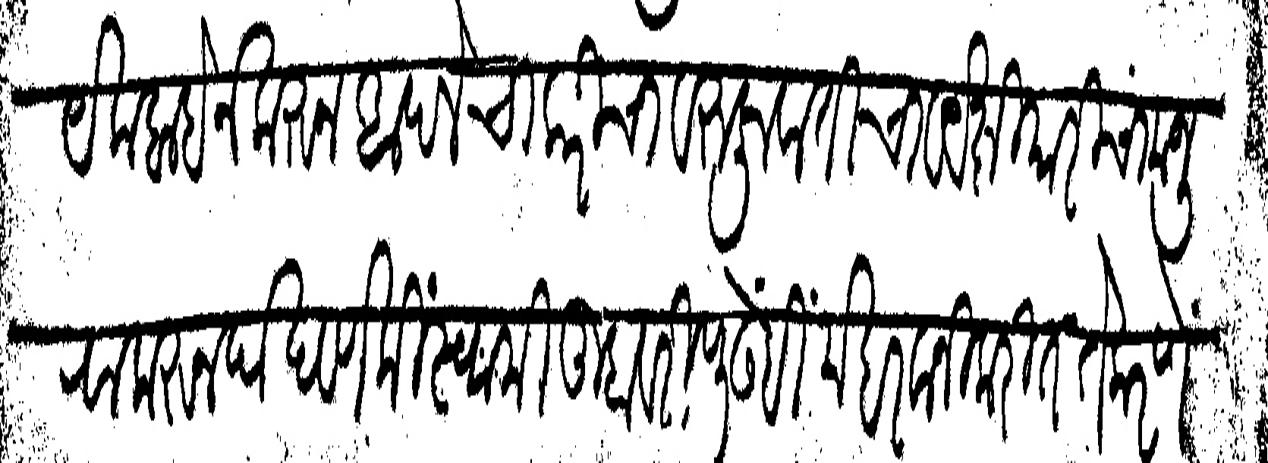
Transliteration (Devanagari): हरयेक बाबेने करून आपले चाकरीचा व रुजूवातीचा व येक्षियारीचा मजुरा करून दाखवणे कीं स्वामी तुम्हावरी पुढेंहीं महरवानी करीत ते करणें